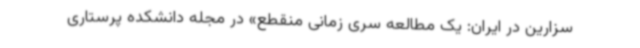
سزارین در ایران: یک مطالعه سری زمانی منقطع» در مجله دانشکده پرستاری